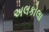
અલકોલા